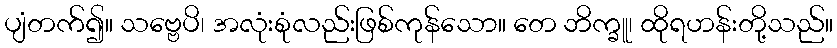
ပျံတက်၍။ သဗ္ဗေပိ၊ အလုံးစုံလည်းဖြစ်ကုန်သော။ တေ ဘိက္ခူ၊ ထိုရဟန်းတို့သည်။